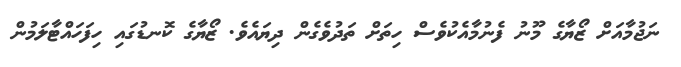
ނަޖުމާއަށް ޒޯޔާގެ މޫނު ފެނުމާއެކުވެސް ހިތަށް ތަދުވެގެން ދިޔައެވެ. ޒޯޔާގެ ކޮނޑުގައި ހިފަހައްޓާލަމުން